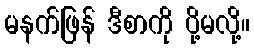
မနက်ဖြန် ဒီစာကို ပို့မလို့။